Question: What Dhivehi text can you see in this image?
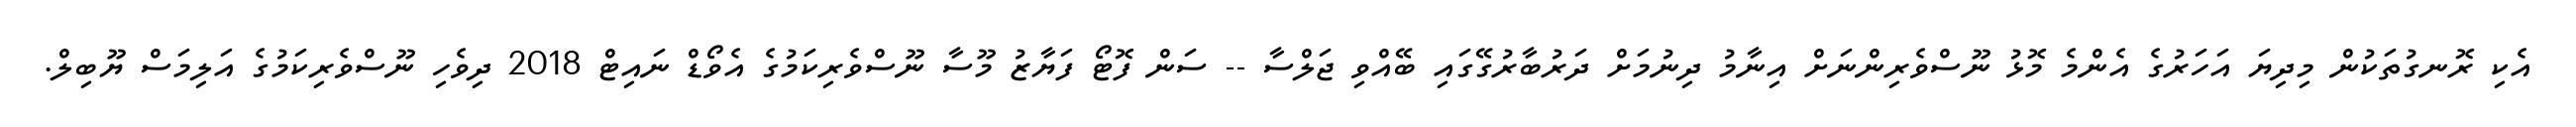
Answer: އެކި ރޮނގުތަކުން މިދިޔަ އަހަރުގެ އެންމެ މޮޅު ނޫސްވެރިންނަށް އިނާމު ދިނުމަށް ދަރުބާރުގޭގައި ބޭއްވި ޖަލްސާ -- ސަން ފޮޓޯ ފަޔާޒު މޫސާ ނޫސްވެރިކަމުގެ އެވޯޑް ނައިޓް 2018 ދިވެހި ނޫސްވެރިކަމުގެ އަލިމަސް ޔޫބިލް.